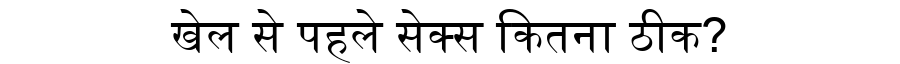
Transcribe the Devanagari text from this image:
खेल से पहले सेक्स कितना ठीक?